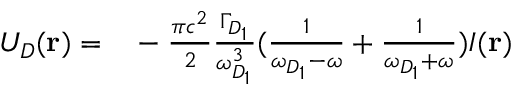
\begin{array} { r l } { U _ { D } ( \mathbf { r } ) = } & { { } - \frac { \pi { } c ^ { 2 } } { 2 } \frac { \Gamma _ { D _ { 1 } } } { \omega _ { D _ { 1 } } ^ { 3 } } ( \frac { 1 } { \omega _ { D _ { 1 } } - \omega } + \frac { 1 } { \omega _ { D _ { 1 } } + \omega } ) I ( \mathbf { r } ) } \end{array}